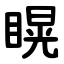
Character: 䁜